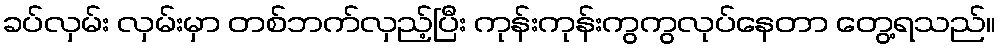
ခပ်လှမ်း လှမ်းမှာ တစ်ဘက်လှည့်ပြီး ကုန်းကုန်းကွကွလုပ်နေတာ တွေ့ရသည်။